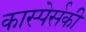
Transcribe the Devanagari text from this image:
कास्पेर्सकी